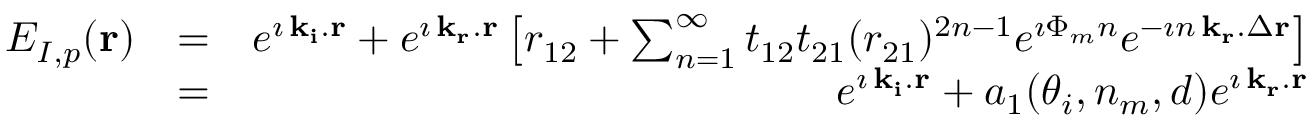
\begin{array} { r l r } { E _ { I , p } ( { \bf r } ) } & { = } & { e ^ { \imath \, { \bf k _ { i } } . { \bf r } } + e ^ { \imath \, { \bf k _ { r } } . { \bf r } } \left[ r _ { 1 2 } + \sum _ { n = 1 } ^ { \infty } t _ { 1 2 } t _ { 2 1 } ( r _ { 2 1 } ) ^ { 2 n - 1 } e ^ { \imath \Phi _ { m } n } e ^ { - \imath n \, { \bf k _ { r } } . \Delta { \bf r } } \right] } \\ & { = } & { e ^ { \imath \, { \bf k _ { i } } . { \bf r } } + a _ { 1 } ( \theta _ { i } , n _ { m } , d ) e ^ { \imath \, { \bf k _ { r } } . { \bf r } } } \end{array}